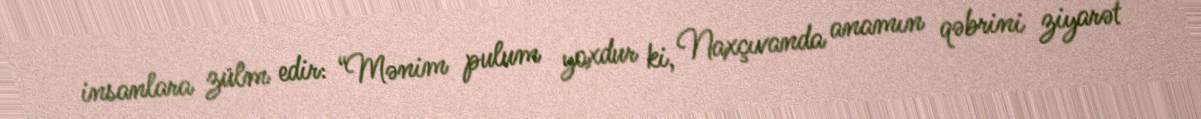
insanlara zülm edir: “Mənim pulum yoxdur ki, Naxçıvanda anamın qəbrini ziyarət